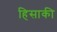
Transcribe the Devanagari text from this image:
हिसाकी